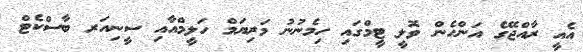
އެއީ ރާއްޖޭގެ އަންހެން ވޮލީ ޓީމްގައި ހިމެނުނު މަރިޔަމް ހަލީމްއާއި ސީނިއަރ ބާސްކެޓް